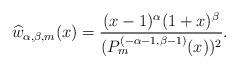
LaTeX: \begin{align*}\widehat{w}_{\alpha,\beta,m}(x)=\frac{(x-1)^{\alpha}(1+x)^{\beta}}{(P_{m}^{(-\alpha-1,\beta-1)}(x))^{2}}.\end{align*}